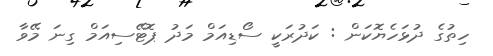
ހިތުގެ ދުޅަހެޔޮކަން : ކަދުރަކީ ސޯޑިއަމް މަދު ޕޮޓޭސިއަމް ގިނަ މޭވާ